Report of the King Institute of Preventive Medicine, Guindy
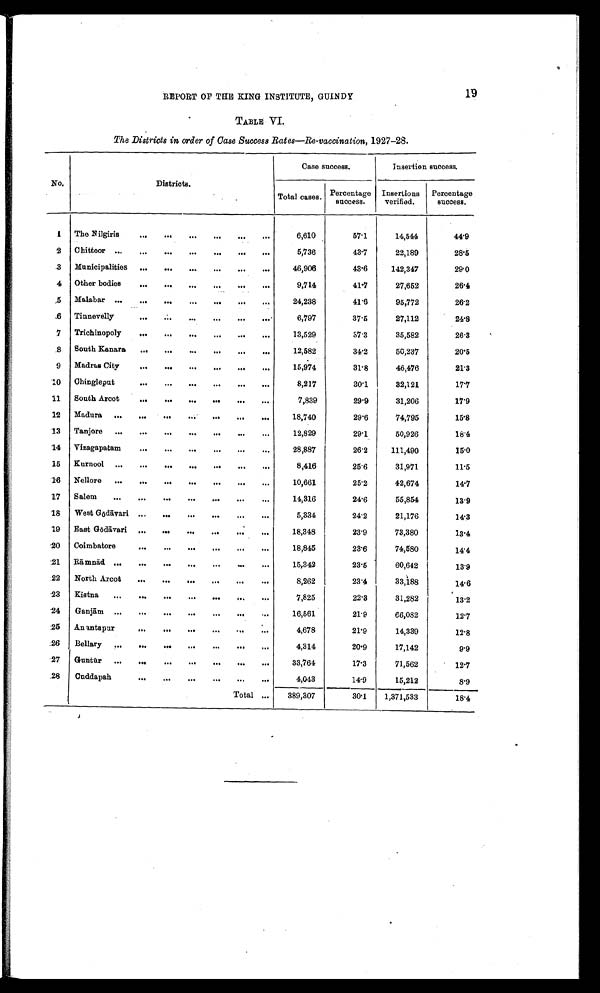
19
REPORT OF THE KING INSTITUTE, GUINDY
TABLE VI.
The Districts in order of Case Success Rates—Re-vaccination, 1927-28.
No.
Districts.
Case success.
Insertion success.
Total cases.
Percentage
success.
Insertions
verified.
Percentage
success.
1
The Nilgiris . . .
6,610
57.1
14,544
44.9
2
Chittoor
.
.
.
5,736
43.7
22,189
28.5
3
Municipalities . . .
46,906
43.6
142,347
29.0
4
Other bodies . . .
9,714
41.7
27,652
26.4
5
Malabar . . .
24,238
41.6
95,772
26.2
6
Tinnevelly . . .
6,797
37.5
27,112
24.8
7
Trichinopoly . . .
13,529
37.3
35,582
26.3
8
South Kanara . . .
12,582
34.2
50,237
20.5
9
Madras City . . .
15,974
31.8
46,476
21.3
10
Chingleput . . .
8,217
30.1
32,121
17.7
11
South Arcot . . .
7,839
29.9
31,206
17.9
12
Madura . . .
18,740
29.6
74,795
15.8
13
Tanjore . . .
12,829
29.1
50,926
18.4
14
Vizagapatam . . .
28,887
26.2
111,490
15.0
15
Kurnool . . .
8,416
25.6
31,971
11.5
16
Nellore . . .
10,661
25.2
42,674
14.7
17
Salem . . .
14,316
24.6
55,854
13.9
18
West Gō dā vari . . .
5,334
24.2
21,176
14.3
19
East G ō dā vari . . .
18,348
23.9
73,380
13.4
20
Coimbatore . . .
18,845
23.6
74,580
14.4
21
Rā mnā d
.
.
.
15,342
23.5
60,642
13.9
22
North Arcot . . .
8,262
23.4
33,188
14.6
23
Kistna . . .
7,825
22.3
31,282
13.2
24
Ganjā m . . .
16,561
21.9
66,082
12.7
25
Anantapur . . .
4,678
21.9
14,339
12.8
26
Bellary . . .
4,314
20.9
17,142
9.9
27
Guntū r . . .
33,764
17.3
71,562
12.7
28
Cuddapah . . .
4,043
14.9
15,212
8.9
Total . . .
389,307
30.1
1,371,533
18.4